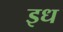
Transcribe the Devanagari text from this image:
इध